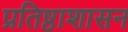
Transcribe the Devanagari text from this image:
प्रतिष्ठाशासन